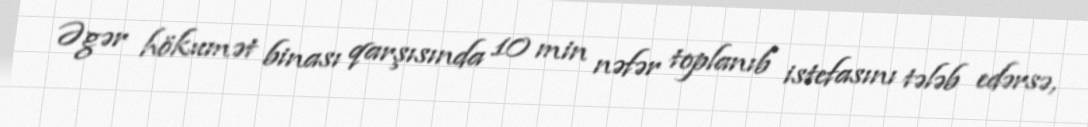
Əgər hökumət binası qarşısında 10 min nəfər toplanıb istefasını tələb edərsə,